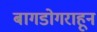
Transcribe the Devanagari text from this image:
बागडोगराहून